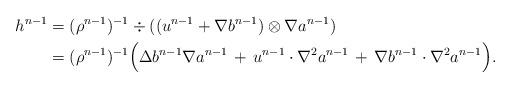
LaTeX: \begin{align*}h^{n-1}&= (\rho^{n-1})^{-1}\div((u^{n-1}+\nabla b^{n-1})\otimes\nabla a^{n-1}) \\ &=(\rho^{n-1})^{-1}\Bigl( \Delta b^{n-1} \nabla a^{n-1} \,+\, u^{n-1}\cdot \nabla^2 a^{n-1} \, + \,\nabla b^{n-1}\cdot\nabla^2 a^{n-1} \Bigr) .\end{align*}